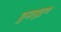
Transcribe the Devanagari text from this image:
पुनःमुद्रण